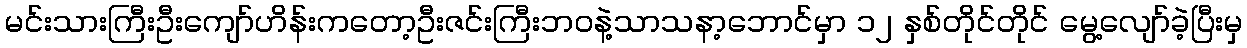
မင်းသားကြီးဦးကျော်ဟိန်းကတော့ဦးဇင်းကြီးဘဝနဲ့သာသနာ့ဘောင်မှာ ၁၂ နှစ်တိုင်တိုင် မွေ့လျော်ခဲ့ပြီးမှ